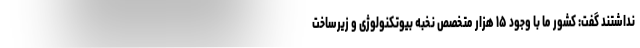
نداشتند گفت: کشور ما با وجود ۱۵ هزار متخصص نخبه بیوتکنولوژی و زیرساخت